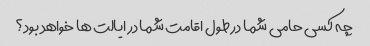
چه کسی حامی شما در طول اقامت شما در ایالت ها خواهد بود؟